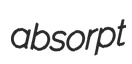
absorpt